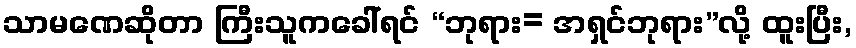
သာမဏေဆိုတာ ကြီးသူကခေါ်ရင် “ဘုရား= အရှင်ဘုရား”လို့ ထူးပြီး,